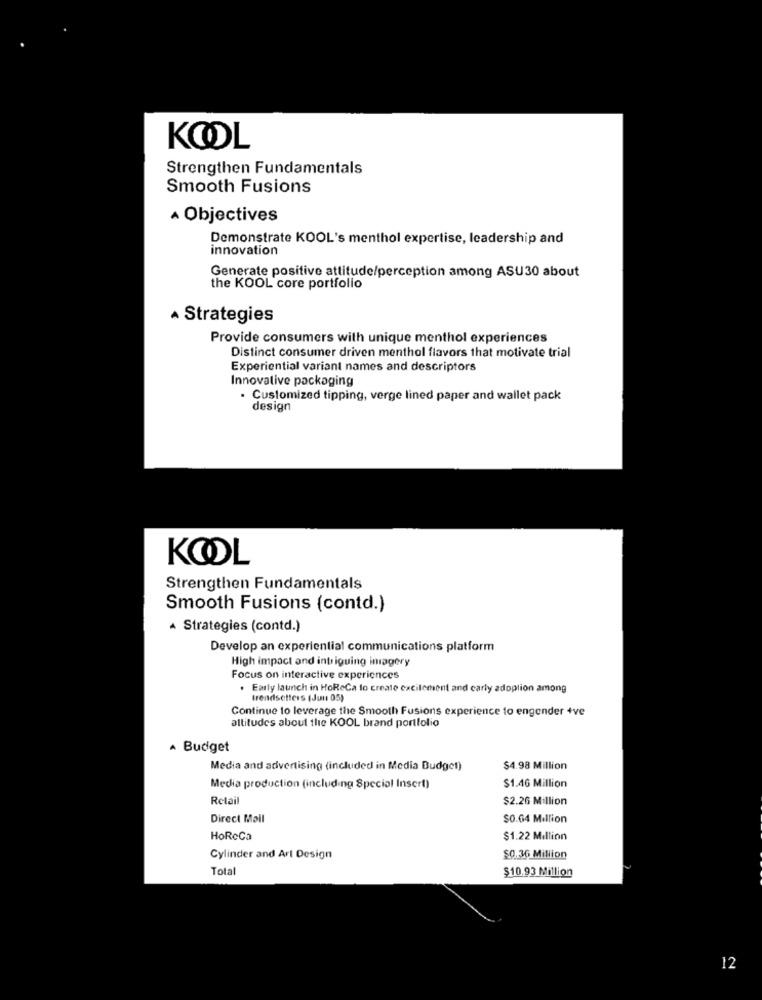
KOOL
Strengthen Fundamentals
Smooth Fusions
A Objectives
Demonstrate KOOL's menthol expertise, leadership and
innovation
Generate positive attitude/perception among ASU30 about
the KOOL core portfolio
· Strategies
Provide consumers with unique menthol experiences
Distinct consumer driven menthol flavors that motivate trial
Experiential variant names and descriptors
Innovative packaging
· Customized tipping, verge lined paper and wallet pack
design
KOOL
Strengthen Fundamentals
Smooth Fusions (contd.)
· Strategies (contd.)
Develop an experiential communications platform
High impact and intriguing imagery
Focus on interactive experiences
. Early launch in HoReCa to create excitement and early adoplion among
trendsetters (Jun 05)
Continue to leverage the Smooth Fusions experience to engender +ve
altitudes about the KOOL brand portfolio
· Budget
Media and advertising (included in Media Budget)
$4.98 Million
Media production (including Special Insert)
$1.46 Million
Retail
$2.26 Million
Direct Mail
$0.04 Million
HoReCa
$1.22 Million
Cylinder and Art Design
$0.36 Million
Total
$10.93 Million
12